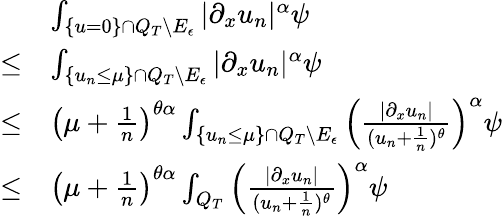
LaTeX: \begin{array}{rl}&{\int_{\{ u=0\} \cap Q_{T}\backslash E_{\epsilon}}|\partial_{x}u_{n}|^{\alpha}\psi}\\ {\leq}&{\int_{\{ u_{n}\leq\mu\} \cap Q_{T}\backslash E_{\epsilon}}|\partial_{x}u_{n}|^{\alpha}\psi}\\ {\leq}&{\left(\mu+\frac{1}{n}\right)^{\theta\alpha}\int_{\{ u_{n}\leq\mu\} \cap Q_{T}\backslash E_{\epsilon}}\left(\frac{|\partial_{x}u_{n}|}{(u_{n}+\frac{1}{n})^{\theta}}\right)^{\alpha}\psi}\\ {\leq}&{\left(\mu+\frac{1}{n}\right)^{\theta\alpha}\int_{Q_{T}}\left(\frac{|\partial_{x}u_{n}|}{(u_{n}+\frac{1}{n})^{\theta}}\right)^{\alpha}\psi}\end{array}